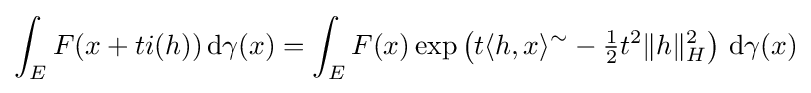
\int _{E}F(x+ti(h))\,\mathrm {d} \gamma (x)=\int _{E}F(x)\exp \left(t\langle h,x\rangle ^{\sim }-{\tfrac {1}{2}}t^{2}\|h\|_{H}^{2}\right)\,\mathrm {d} \gamma (x)